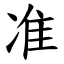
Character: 准